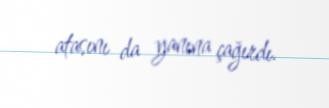
atasını da yanına çağırdı.